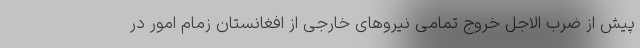
پیش از ضرب الاجل خروج تمامی نیروهای خارجی از افغانستان زمام امور در